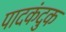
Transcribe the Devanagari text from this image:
पादकंदुक